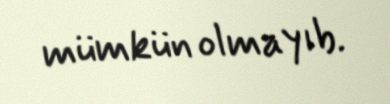
mümkün olmayıb.